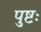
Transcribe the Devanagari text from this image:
पुष्टः